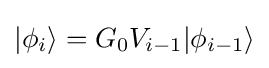
|\phi _{i}\rangle =G_{0}V_{i-1}|\phi _{i-1}\rangle